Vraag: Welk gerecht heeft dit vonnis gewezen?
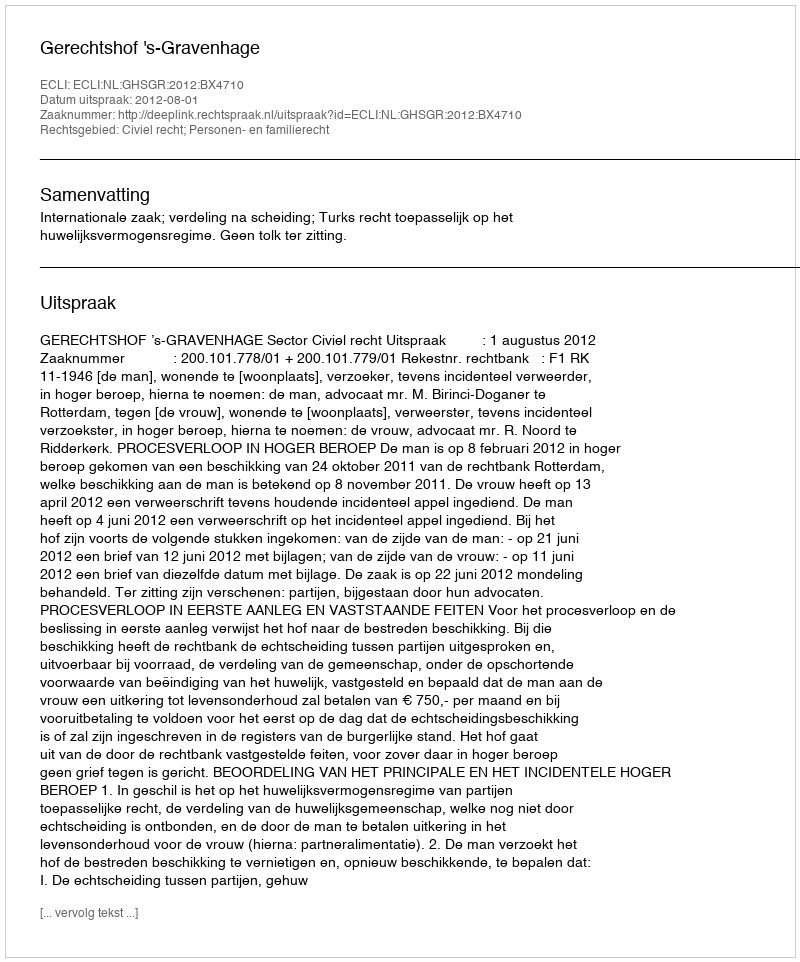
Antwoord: Gerechtshof 's-Gravenhage